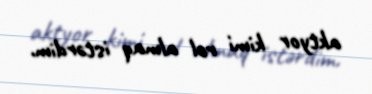
aktyor kimi rol almaq istərdim.